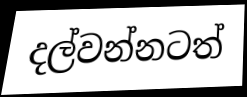
දල්වන්නටත්